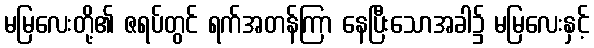
မမြလေးတို့၏ ဇရပ်တွင် ရက်အတန်ကြာ နေပြီးသောအခါ၌ မမြလေးနှင့်